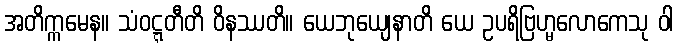
အတိက္ကမေန။ သံဝဋ္ဋတီတိ ဝိနဿတိ။ ယေဘုယျေနာတိ ယေ ဥပရိဗြဟ္မလောကေသု ဝါ